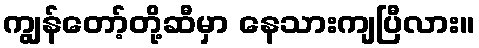
ကျွန်တော့်တို့ဆီမှာ နေသားကျပြီလား။